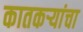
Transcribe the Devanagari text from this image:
कातकऱ्यांचा